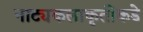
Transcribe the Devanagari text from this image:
नाट्यकलाकृतींकडे